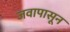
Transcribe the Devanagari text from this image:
जवापासून